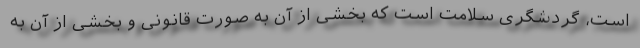
است، گردشگری سلامت است که بخشی از آن به صورت قانونی و بخشی از آن به